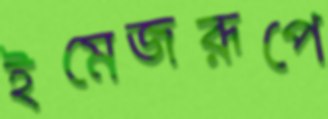
ইমেজরূপে